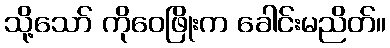
သို့သော် ကိုဝေဖြိုးက ခေါင်းမညိတ်။